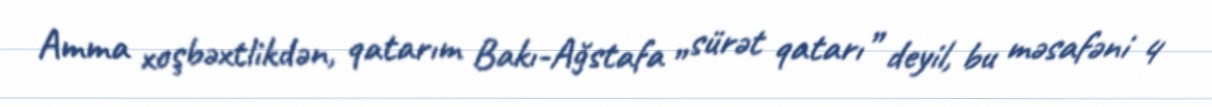
Amma xoşbəxtlikdən, qatarım Bakı-Ağstafa „sürət qatarı” deyil, bu məsafəni 4